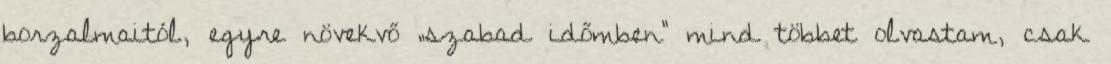
borzalmaitól, egyre növekvő „szabad időmben” mind többet olvastam, csak